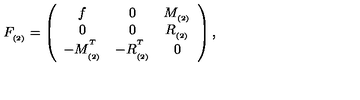
F _ { _ { ( 2 ) } } = \left( \begin{array} { c c c } { f } & { 0 } & { M _ { _ { ( 2 ) } } } \\ { 0 } & { 0 } & { R _ { _ { ( 2 ) } } } \\ { - M _ { _ { ( 2 ) } } ^ { ^ T } } & { - R _ { _ { ( 2 ) } } ^ { ^ T } } & { 0 } \\ \end{array} \right) ,